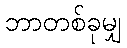
ဘာတစ်ခုမျှ